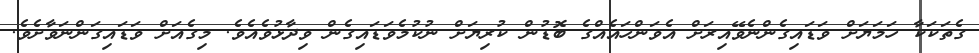
ގެތަކަކާ ހަމަޔަށް ވަޑައިގެންނެވޭއިރަށް އެވަންހައެއްގެ ބޮޑުން ކުރިޔަށް ނުކުމެވަޑައިގެން ވިދާޅުވެއެވެ. މިގެއަށް ވަޑައިގަންނަވާށެވެ.